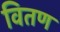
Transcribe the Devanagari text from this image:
वितण